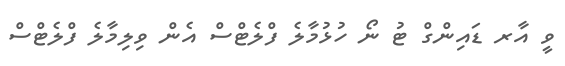
ވީ އާރ ޑައިންގް ޓު ނޯ ހުޅުމާލެ ފްލެޓްސް އެން ވިލިމާލެ ފްލެޓްސް